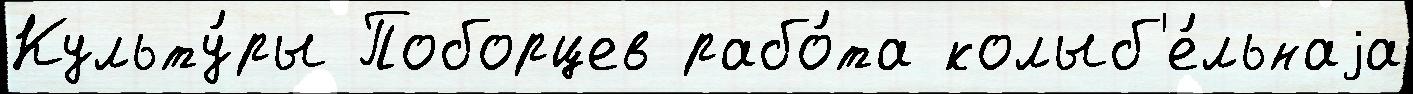
Культу́ры Поборцев рабо́та колыб'е́льнаjа